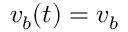
v _ { b } ( t ) = v _ { b }